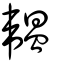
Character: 韞